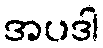
အပဒါ